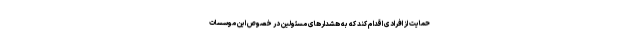
حمایت از افرادی اقدام کند که به هشدارهای مسئولین در خصوص این موسسات